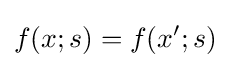
f(x;s)=f(x';s)